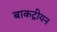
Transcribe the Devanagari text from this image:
बाकट्रीयन